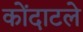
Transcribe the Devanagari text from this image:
कोंदाटले